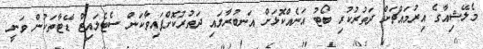
މެލޭޝިއާގެ އިރުމައްޗަށް ދަތުރުކުރި ބޯޓު އަނެއްކޮޅަށް އަނބުރާލައި ދަތުރުކޮށްފައިވާކަން ސެޓެލައިޓް ޑޭޓާތަކުން ވަނީ